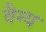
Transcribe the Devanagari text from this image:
वैग्य